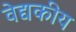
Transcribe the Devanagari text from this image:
वेद्यकीय